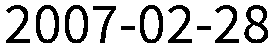
2007-02-28